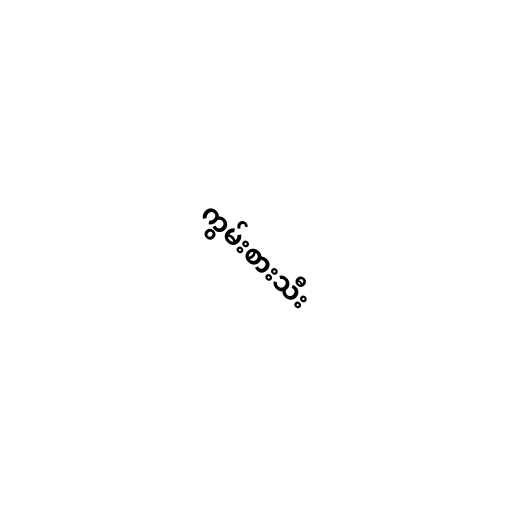
ကွမ်းစားသီး